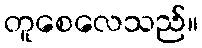
တူစေလေသည်။